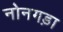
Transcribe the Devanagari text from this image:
नोनगड़ा